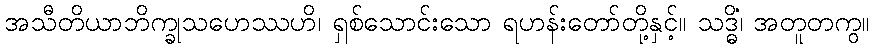
အသီတိယာဘိက္ခုသဟေဿဟိ၊ ရှစ်သောင်းသော ရဟန်းတော်တို့နှင့်။ သဒ္ဓိံ၊ အတူတကွ။